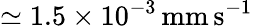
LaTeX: \simeq 1.5\times 10^{-3}\, \mathrm{mm\, s}^{-1}